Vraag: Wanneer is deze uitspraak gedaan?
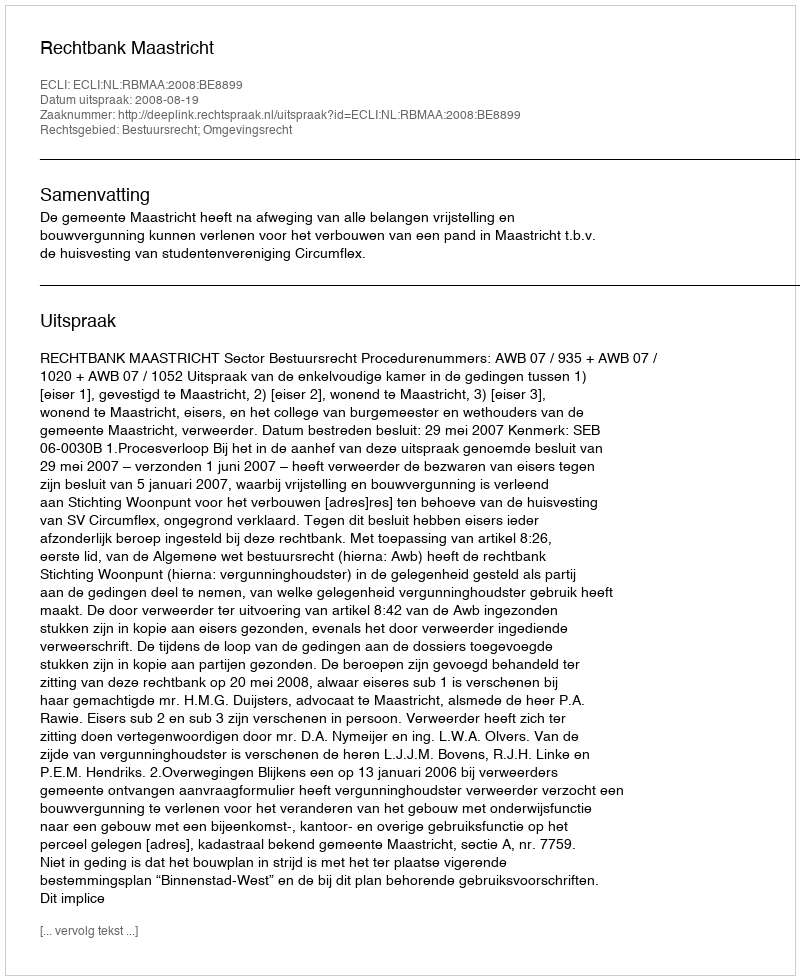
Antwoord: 2008-08-19